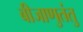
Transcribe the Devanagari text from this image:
बीजाणुतंतु